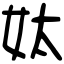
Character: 𡛕